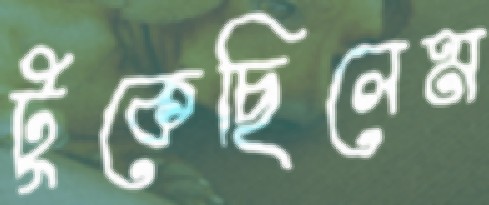
টুকেছিলেম